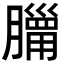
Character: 𦡓